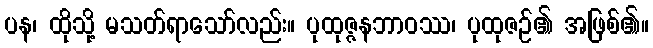
ပန၊ ထိုသို့ မသတ်ရာသော်လည်း။ ပုထုဇ္ဇနဘာဝဿ၊ ပုထုဇဉ်၏ အဖြစ်၏။